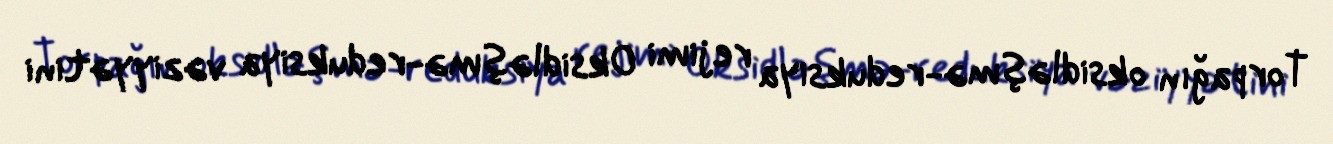
Torpağın oksidləşmə-reduksiya rejimi Oksidləşmə-reduksiya vəziyyətini